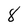
Character: 8